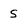
Character: S